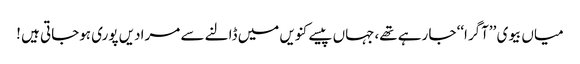
میاں بیوی ’’آگرا‘‘ جا رہے تھے،جہاں پیسے کنویں میں ڈالنے سے مرادیں پوری ہوجاتی ہیں !